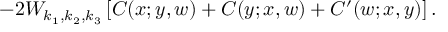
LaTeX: - 2 W _ { k _ { 1 } , k _ { 2 } , k _ { 3 } } \left[ C ( x ; y , w ) + C ( y ; x , w ) + C ^ { \prime } ( w ; x , y ) \right] .